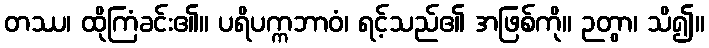
တဿ၊ ထိုကြံခင်း၏။ ပရိပက္ကဘာဝံ၊ ရင့်သည်၏ အဖြစ်ကို။ ဉတွာ၊ သိ၍။